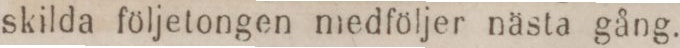
skilda följetongen medföljer nästa gång.